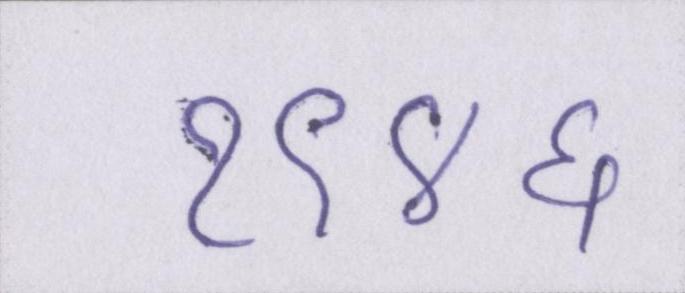
१९४६